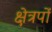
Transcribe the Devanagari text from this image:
क्षेत्रपों